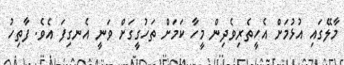
މާލޭގައި އުޅުމަށް އެހީތެރިވެދިން މީހާ ކަމަށް ތަހުގީގަށް ވަނީ އެނގިފަ އެވެ. ފާތިހު